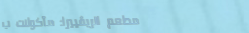
مطعم الريڤييرا: مأكولات ب